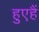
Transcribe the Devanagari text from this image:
हुएहैं